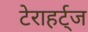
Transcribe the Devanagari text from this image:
टेराहर्ट्ज